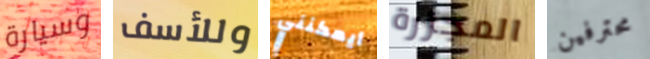
وسيارة وللأسف أيمكنني المجزرة محترفين